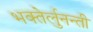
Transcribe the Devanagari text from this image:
भक्तेर्लुनन्ती